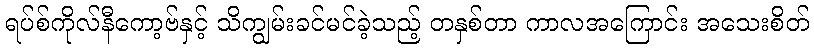
ရပ်စ်ကိုလ်နီကော့ဗ်နှင့် သိကျွမ်းခင်မင်ခဲ့သည့် တနှစ်တာ ကာလအကြောင်း အသေးစိတ်